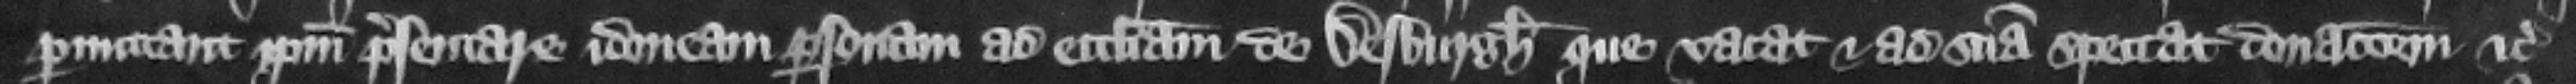
permittant ipsum presentare idoneam personam ad ecclesiam de Desburgh que vacat et ad suam spectat donacionem etc.